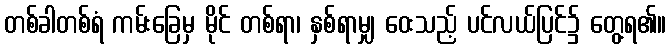
တစ်ခါတစ်ရံ ကမ်းခြေမှ မိုင် တစ်ရာ၊ နှစ်ရာမျှ ဝေးသည့် ပင်လယ်ပြင်၌ တွေ့ရ၏။